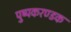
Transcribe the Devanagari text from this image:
पुष्पकरण्डक